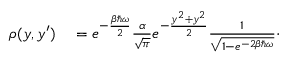
\begin{array} { r l } { \rho ( y , y ^ { \prime } ) } & { { } = e ^ { - \frac { \beta \hbar \omega } { 2 } } \frac { \alpha } { \sqrt { \pi } } e ^ { - \frac { y ^ { 2 } + y ^ { 2 } } { 2 } } \frac { 1 } { \sqrt { 1 - e ^ { - 2 \beta \hbar \omega } } } \cdot } \end{array}